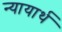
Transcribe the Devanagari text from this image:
न्यायार्थ